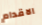
الاقدام